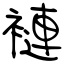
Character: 褳